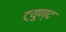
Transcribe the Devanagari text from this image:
ट्युण्द